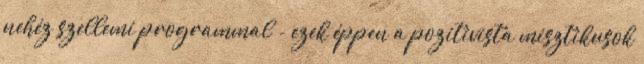
nehéz szellemi programmal - ezek éppen a pozitivista misztikusok